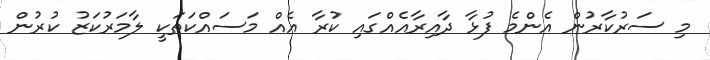
މި ސަރުކާރުން އެންމެ ފުޅާ ދާއިރާއެއްގައި ކުރާ އެއް މަސައްކަތަކީ ލާމަރުކަޒު ކުރުން